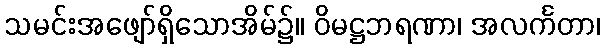
သမင်းအဖျော်ရှိသောအိမ်၌။ ဝိမဋ္ဌဘရဏာ၊ အလင်္ကတာ၊